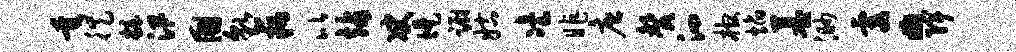
垂徙妆汛国貌藕比站决堤蹰姑冶昨唐馨泗棺焰墓渺霞。陴